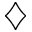
\diamondsuit